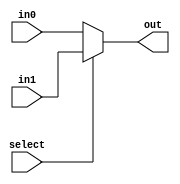
//mux_2to1_reg

module mux_2to1_reg(	in0,
			in1,
			out,
			select
			);			

	parameter bit_size = 5;	

	input   [bit_size-1:0] in0;
	input   [bit_size-1:0] in1;
	input                  select;
	output  [bit_size-1:0] out;

	assign out = (select == 0)?in0 :in1;


endmodule